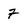
Character: 7